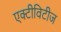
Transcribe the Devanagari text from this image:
एक्टीविटीज